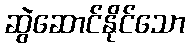
ဆွဲဆောင်နိုင်သော